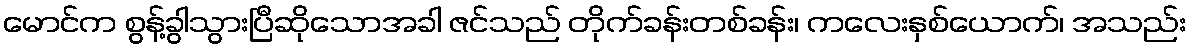
မောင်က စွန့်ခွါသွားပြီဆိုသောအခါ ဇင်သည် တိုက်ခန်းတစ်ခန်း၊ ကလေးနှစ်ယောက်၊ အသည်း